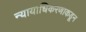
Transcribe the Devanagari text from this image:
न्यायाधिकरणाकडून